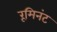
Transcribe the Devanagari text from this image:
रूमिनंट